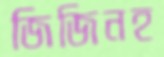
জিজিনহ